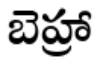
బెహ్రా